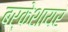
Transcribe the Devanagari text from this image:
बर्केशायर